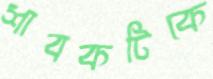
শাবকটিকে